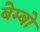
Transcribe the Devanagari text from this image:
बेम्बो